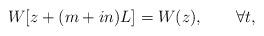
LaTeX: \begin{align*}W[z+(m+in)L]=W(z), \qquad \forall t,\end{align*}